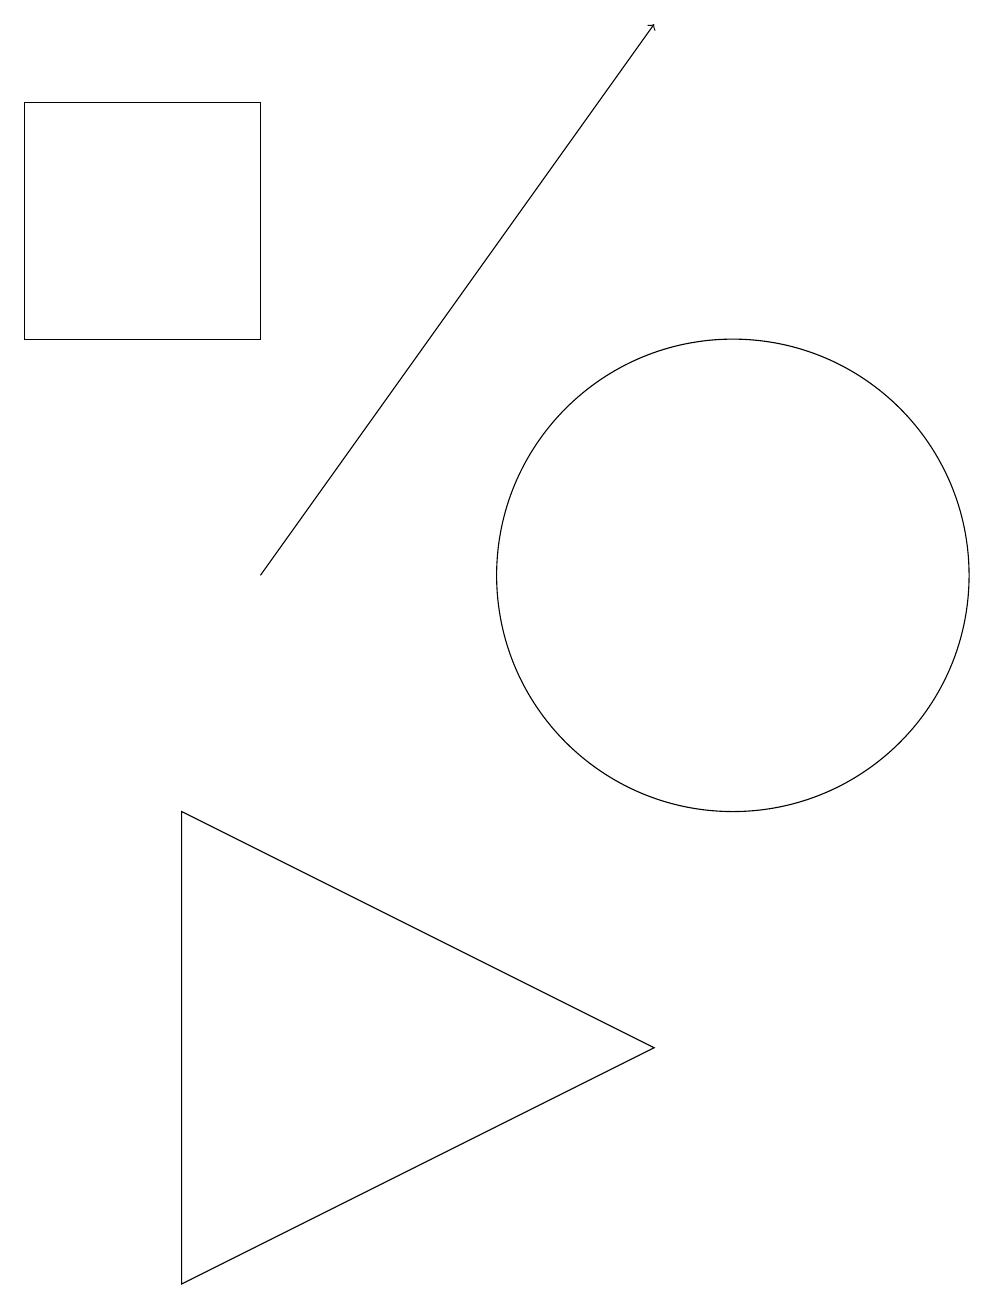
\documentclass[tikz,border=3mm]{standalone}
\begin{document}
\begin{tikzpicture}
\draw (4,17) rectangle (1,14);
\draw (10,11) circle (3);
\draw (9,5) -- (3,8) -- (3,2) -- cycle;
\draw[->] (4,11) -- (9,18);
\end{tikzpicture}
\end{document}